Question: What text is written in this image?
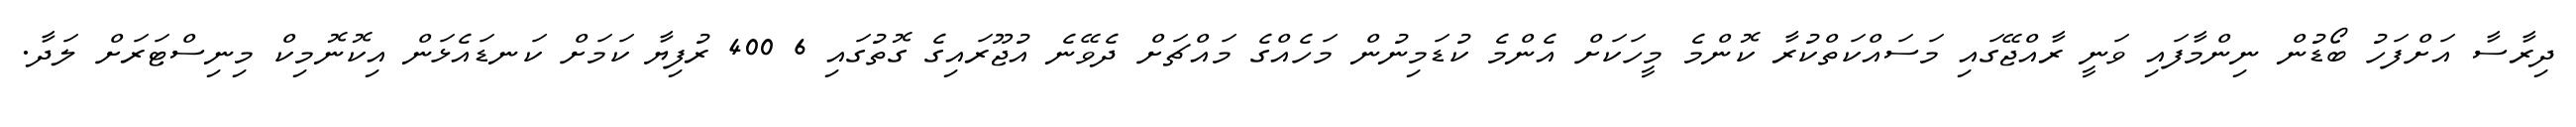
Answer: ދިރާސާ އަށްފަހު ބޯޑުން ނިންމާފައި ވަނީ ރާއްޖޭގައި މަސައްކަތްކުރާ ކޮންމެ މީހަކަށް އެންމެ ކުޑަމިނުން މަހެއްގެ މައްޗަށް ދެވޭނެ އުޖޫރައިގެ ގޮތުގައި 6 400 ރުފިޔާ ކަމަށް ކަނޑައެޅަން އިކޮނޮމިކް މިނިސްޓަރަށް ލަދާ.